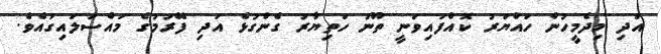
އަދި މިދެމީހުން ހައްޔަރު ކޮއްފައިވަނީ ތޫނު ހަތިޔާރު ގެންގުޅެ އަދި ފޭރުމުގެ މައްސަލައިގައެވެ.